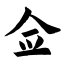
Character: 佥